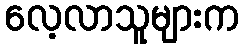
လေ့လာသူများက